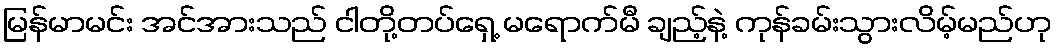
မြန်မာမင်း အင်အားသည် ငါတို့တပ်ရှေ့ မရောက်မီ ချည့်နဲ့ ကုန်ခမ်းသွားလိမ့်မည်ဟု